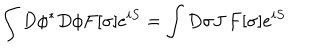
LaTeX: \int D \phi ^ { * } D \phi F [ \sigma ] e ^ { i S } = \int D \sigma J \, F [ \sigma ] e ^ { i S }